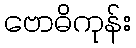
ဗောဓိကုန်း